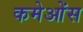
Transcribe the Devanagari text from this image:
कमेओंस